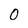
Character: 0